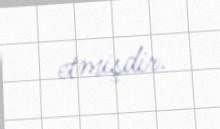
etmişdir.